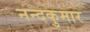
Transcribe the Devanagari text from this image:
नन्दकुमार